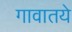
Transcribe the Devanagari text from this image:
गावातये